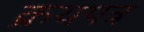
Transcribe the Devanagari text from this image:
क्रयपत्र